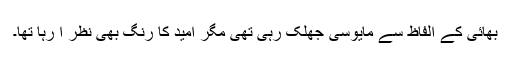
بھائی کے الفاظ سے مایوسی جھلک رہی تھی مگر امید کا رنگ بھی نظر آ رہا تھا۔